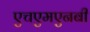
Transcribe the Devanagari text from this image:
एचएमएनबी